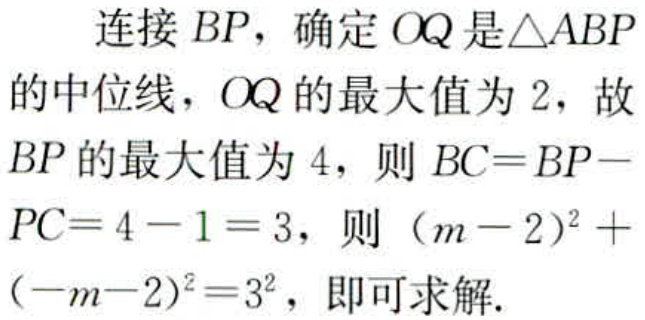
连接 \(BP\)，确定 \(OQ\) 是\(\triangle ABP\)的中位线，\(OQ\) 的最大值为 \(2\)，故 \(BP\) 的最大值为 \(4\)，则 \(BC = BP - PC=4 - 1 = 3\)，则 \((m - 2)^{2}+(-m - 2)^{2}=3^{2}\)，即可求解.